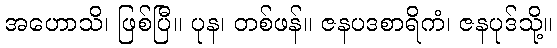
အဟောသိ၊ ဖြစ်ပြီ။ ပုန၊ တစ်ဖန်။ ဇနပဒစာရိကံ၊ ဇနပုဒ်သို့။